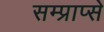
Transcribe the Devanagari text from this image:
सम्प्राप्से